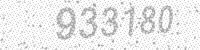
Solution: 933180